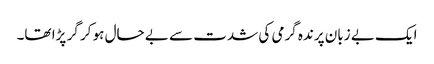
ایک بے زبان پرندہ گرمی کی شدت سے بے حال ہو کر گر پڑا تھا۔